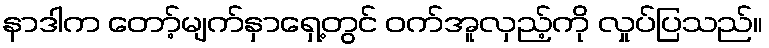
နာဒါက တော့်မျက်နှာရှေ့တွင် ဝက်အူလှည့်ကို လှုပ်ပြသည်။